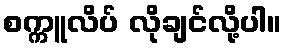
စက္ကူလိပ် လိုချင်လို့ပါ။